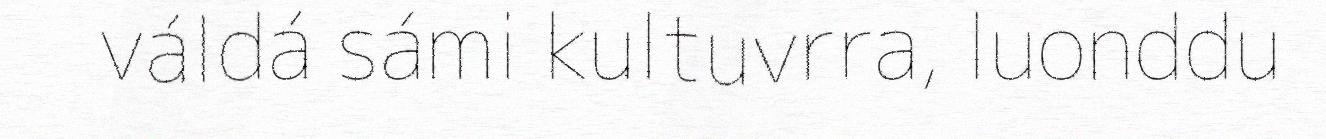
váldá sámi kultuvrra, luonddu